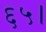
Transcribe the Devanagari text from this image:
६५।